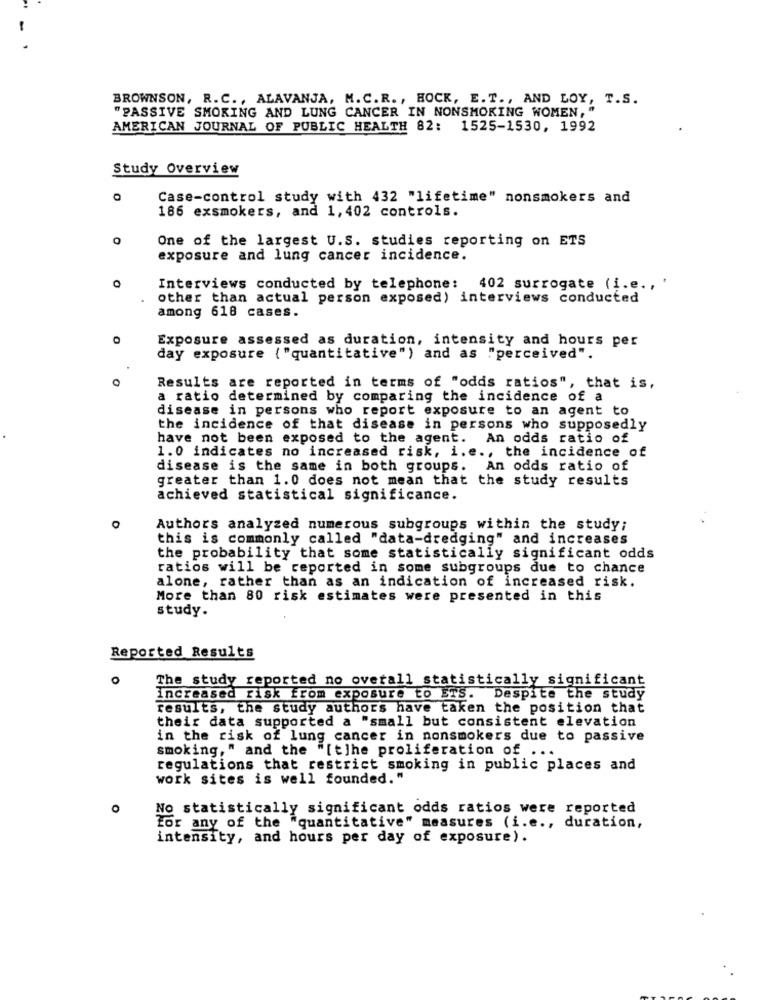
BROWNSON, R.C ., ALAVANJA, M. C. R ., HOCK, E. T ., AND LOY, T.S.
"PASSIVE SMOKING AND LUNG CANCER IN NONSMOKING WOMEN, "
AMERICAN JOURNAL OF PUBLIC HEALTH 82: 1525-1530, 1992
Study Overview
Case-control study with 432 "lifetime" nonsmokers and
186 exsmokers, and 1,402 controls.
O
One of the largest U.S. studies reporting on ETS
exposure and lung cancer incidence.
0
Interviews conducted by telephone: 402 surrogate (i.e .,
other than actual person exposed) interviews conducted
among 618 cases.
0
Exposure assessed as duration, intensity and hours per
day exposure ( "quantitative") and as "perceived".
Results are reported in terms of "odds ratios", that is,
a ratio determined by comparing the incidence of a
disease in persons who report exposure to an agent to
the incidence of that disease in persons who supposedly
have not been exposed to the agent. An odds ratio of
1.0 indicates no increased risk, i.e ., the incidence of
disease is the same in both groups. An odds ratio of
greater than 1.0 does not mean that the study results
achieved statistical significance.
Authors analyzed numerous subgroups within the study;
this is commonly called "data-dredging" and increases
the probability that some statistically significant odds
ratios will be reported in some subgroups due to chance
alone, rather than as an indication of increased risk.
More than 80 risk estimates were presented in this
study.
Reported Results
O
The study reported no overall statistically significant
increased risk from exposure to ETS. Despite the study
results, the study authors have taken the position that
their data supported a "small but consistent elevation
in the risk of lung cancer in nonsmokers due to passive
smoking," and the "[t]he proliferation of ...
regulations that restrict smoking in public places and
work sites is well founded. "
O
No statistically significant odds ratios were reported
for any of the "quantitative" measures (i.e ., duration,
intensity, and hours per day of exposure).